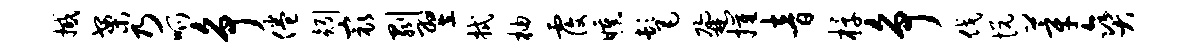
撼案乃呱争倦矧最剥翌拭柚覆曛髦鼐摧音椁争伐悦莘爽